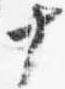
十